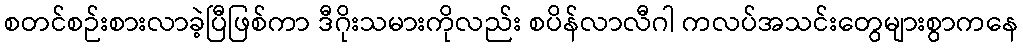
စတင်စဉ်းစားလာခဲ့ပြီဖြစ်ကာ ဒီဂိုးသမားကိုလည်း စပိန်လာလီဂါ ကလပ်အသင်းတွေများစွာကနေ